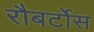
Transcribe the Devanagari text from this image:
रौबर्टोस